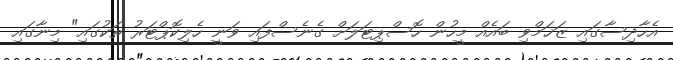
އެހާދިސާގައި ޒަޚަމްވި ބައެއް މީހުން ހޮސްޕިޓަލަށް ގެނެސްފައި ވަނީ ހެލިކޮޕްޓަރު ތަކުގައި" މިނާގައި